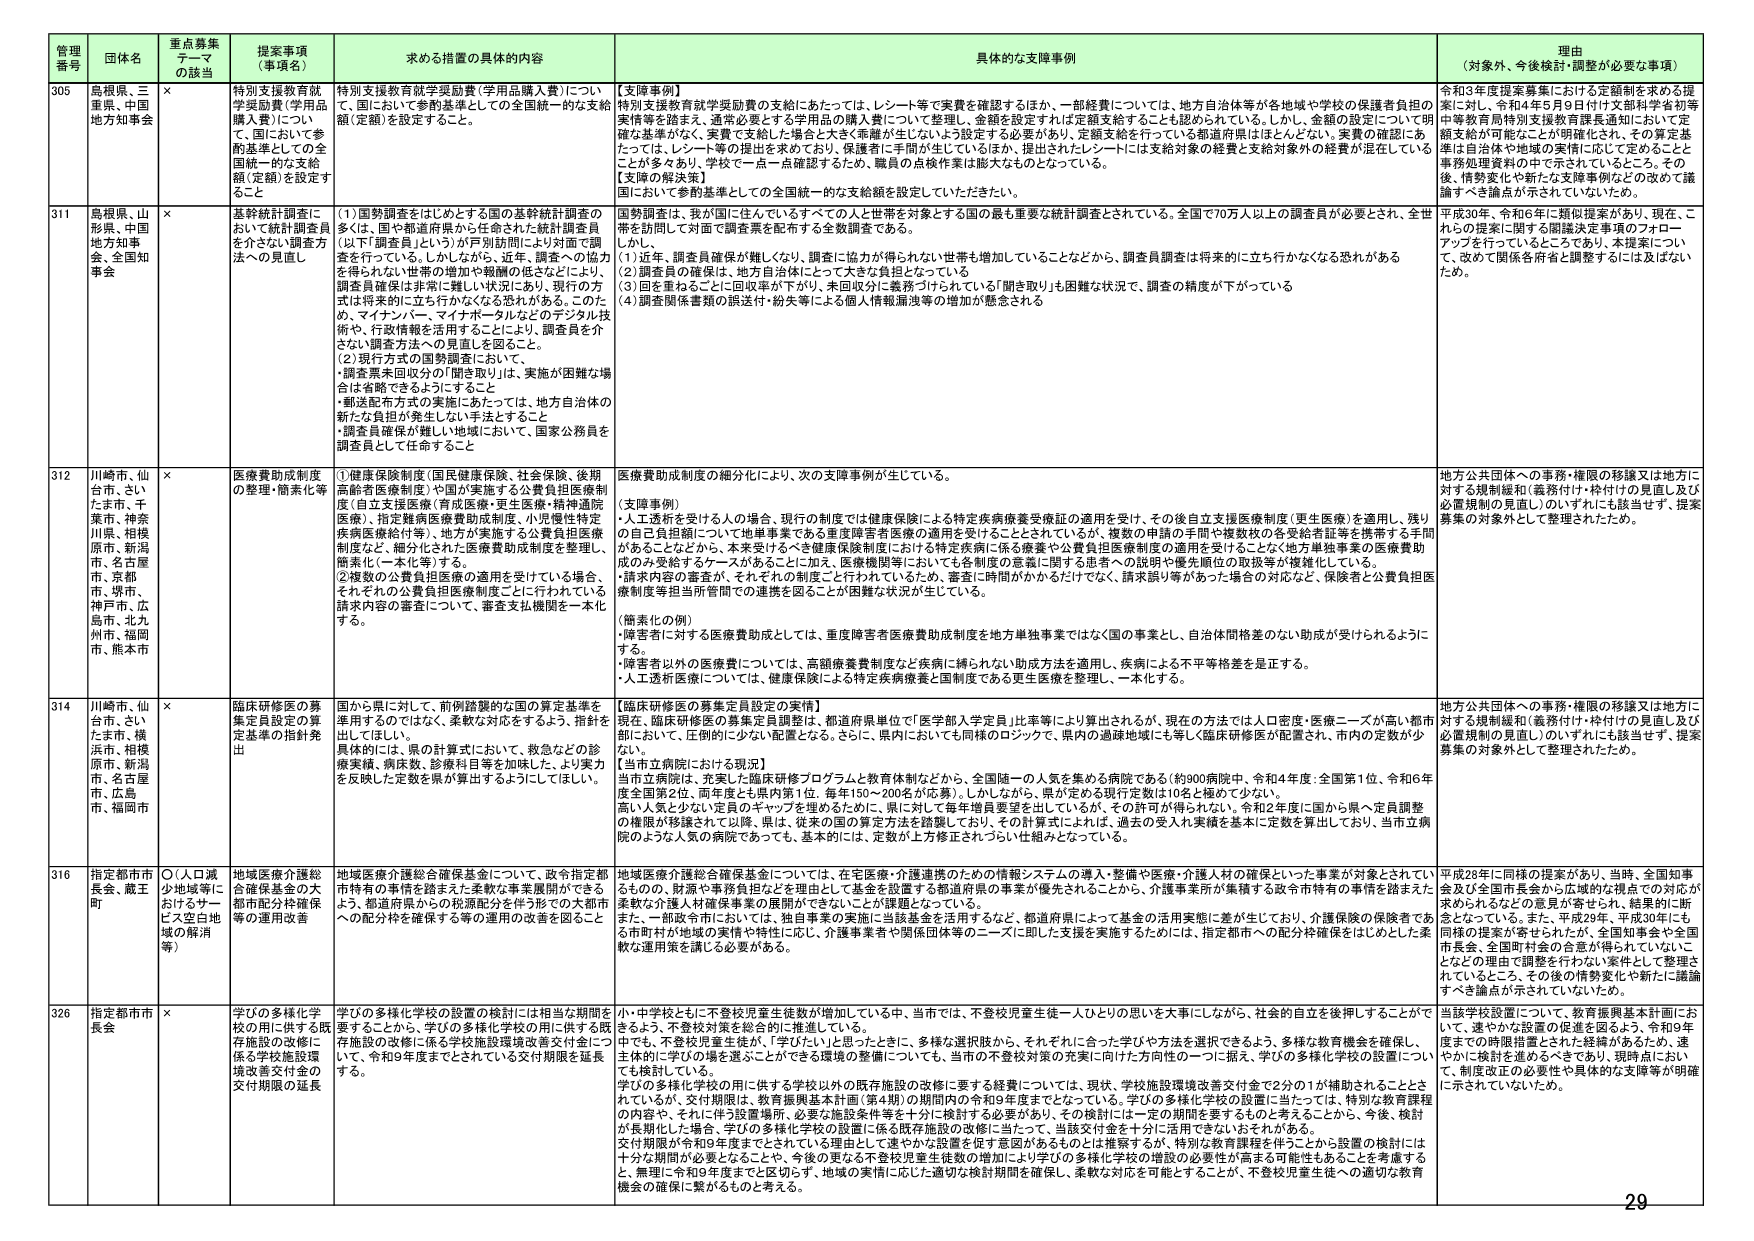
管理番号 団体名 重点募集テーマの該当 提案事項（事項名） 求める措置の具体的内容 具体的な支援事例 理由（対象外、今後検討・調整が必要な事項）

305 島根県、三重県、中国地方知事会 × 特別支援教育就学奨励費（学用品購入費）について、国において参酌基準としての全国統一的な支給額（定額）を設定すること 特別支援教育就学奨励費（学用品購入費）について、国において参酌基準としての全国統一的な支給額（定額）を設定すること。 【支援事例】 特別支援教育就学奨励費の支給にあたっては、レシート等で実費を確認するほか、一部経費については、地方自治体等が各地域や学校の保護者負担の実情等を踏まえ、通常必要とする学用品の購入費について整理し、金額を設定するかは定額支給することも認められている。しかし、金額の設定について明確な基準がなく、実費で支給した場合と大きく乖離が生じないよう設定する必要があり、定額支給を行っている都道府県はほとんどない。実費の確認にあたっては、レシート等の提出を求めており、保護者に手間が生じているほか、提出されたレシートには支給対象の経費と支給対象外の経費が混在していることが多々あり、学校で一点一点確認するため、職員の点検作業は膨大なものとなっている。 【支援の解決策】 国において参酌基準としての全国統一的な支給額を設定していただきたい。 令和3年度提案募集における定額制を求める提案に対し、令和4年5月9日付け文部科学省初等中等教育局特別支援教育課長通知において定額支給が可能などが明確化され、その算定基準は自治体や地域の実情に応じて定めることと事務処理資料の中で示されているところ。その後、情勢変化や新たな支援事例などの改めて議論すべき議論が示されていないため。

311 島根県、山形県、中国地方知事会、全国知事会 × 基幹統計調査における統計調査員を介さない調査方法への見直し （1）国勢調査をはじめとする国の基幹統計調査の多くは、国や都道府県から任命された統計調査員（以下「調査員」という）が戸別訪問により対面で調査を行っている。しかしながら、近年、調査への協力を得られない世帯の増加や親職の後をどこにしよう、調査員確保は非常に難しい状況にあり、現行の方式は将来的に立ち行かなくなる恐れがある。このため、マイナンバー、マイナポータルなどのデジタル技術や、行政情報を活用することにより、調査員を介さない調査方法への見直しを図ること。 （2）現行方式の国勢調査において、・調査票未回収分の「聞き取り」は、実施が困難な場合は省略できるようにすること・郵送配布方式の実施にあたっては、地方自治体の新たな負担が発生しない手法とすること・調査員確保が難しい地域において、国家公務員を調査員として任命すること 国勢調査は、我が国に住んでいるすべての人と世帯を対象とする全国の最も重要な統計調査とされている。全国で70万人以上の調査員が必要とされ、全世帯を訪問して対面で調査票を配布する全数調査である。 しかし、 （1）近年、調査員確保が難しいなり、調査に協力が得られない世帯も増加していることなどから、調査員調達は将来的に立ち行かなくなる恐れがある （2）調査員の確保は、地方自治体にとって大きな負担となっている （3）回を重ねるごとに回収率が下がり、未回収分に義務づけられている「聞き取り」も困難な状況で、調査の精度が下がっている （4）調査関係書類の誤送付・紛失等による個人情報漏洩等の増加が懸念される 平成30年、令和6年に類似提案があり、現在、これらの提案に関する閣議決定事項のフォローアップを行っているところであり、本提案について、改めて関係各府省と調整するには及ばないため。

312 川崎市、仙台市、さいたま市、千葉市、神奈川県、相模原市、新潟市、名古屋市、京都府、堺市、神戸市、広島市、北九州市、福岡市、熊本市 × 医療費助成制度の整理・簡素化等 ①健康保険制度（国民健康保険、社会保険、後期高齢者医療制度）や国が実施する公費負担医療制度（自立支援医療（育成医療・更生医療・精神通院医療）、指定難病医療費助成制度、小児慢性特定疾患医療給付等）、地方が実施する公費負担医療制度など、細分化された医療費助成制度を整理し、簡素化（一本化等）する。 ②複数の公費負担医療の適用を受けている場合、それぞれの公費負担医療制度ごとに行われている請求内容の審査について、審査支払機関を一本化する。 医療費助成制度の細分化により、次の支援事例が生じている。 （支援事例） ・人工透析を受けた人の場合、現行の制度では健康保険による特定疾病療養受療証の適用を受け、その後自立支援医療制度（更生医療）を適用し、残りの自己負担額について地単事業である重度障害者医療の適用を受けることとされているが、複数の申請の手間や複数枚の各受給者証等を携帯する手間があることなどから、本来受けるべき健康保険制度における特定疾病に係る療養や公費負担医療制度の適用を受けることなく地方単独事業の医療費助成のみ受給するケースがあることに加え、医療機関等においても各制度の意義に関する患者への説明や優先順位の取扱等が複雑化している。 ・請求内容の審査が、それぞれの制度ごと行われているため、審査に時間がかかるだけでなく、請求誤り等があった場合の対応など、保険者と公費負担医療制度等担当所管間での連携を図ることが困難な状況が生じている。 （簡素化の例） ・障害者に対する医療費助成としては、重度障害者医療費助成制度を地方単独事業ではなく国の事業とし、自治体間格差のない助成が受けられるようにする。 ・障害者以外の医療費については、高額療養費制度など疾病に縛られない助成方法を適用し、疾病による不平等格差を是正する。 ・人工透析医療については、健康保険による特定疾病療養と国制度である更生医療を整理し、一本化する。 地方公共団体への事務・権限の移譲又は地方に対する規制緩和（義務付け・枠付けの見直し及び必置規制の見直し）のいずれにも該当せず、提案募集の対象外として整理されたため。

314 川崎市、仙台市、さいたま市、横浜市、相模原市、新潟市、名古屋市、広島市、福岡市 × 臨床研修医の募集定員設定の算定基準の指針発出 国から県に対して、前例踏襲的な国の算定基準を準用するのではなく、柔軟な対応をするよう、指針を出している。 具体的には、県の計算式において、救急などの診療実績、病床数、診療科目等を加味した、より実力を反映した定数を県が算出するようにしてほしい。 【臨床研修医の募集定員設定の実情】 現在、臨床研修医の募集定員調整は、都道府県単位で「医学部入学定員」比率等により算出されるが、現在の方法では人口密度・医療ニーズが高い都市部において、圧倒的に少ない配置となる。さらに、県内においても同様のロジックで、県内の過疎地域にも等しく臨床研修医が配置され、市内の定数が少ない。 【当市立病院における現況】 当市立病院は、充実した臨床研修プログラムと教育体制などから、全国随一の人気を集める病院である（約900病院中、令和4年度：全国第1位、令和6年度全国第2位、両年度とも県内第1位、毎年150～200名が応募）。しかしながら、県が定める現行定数は10名と極めて少ない。 高い人気と少ない定員のギャップを埋めるために、県に対して毎年増員要望を出しているが、その許可が得られない。令和2年度に国から県へ定員調整の機関が移譲されて以降、県は、従来の国の算定方法を踏襲しており、その計算式によれば、過去の受入れ実績を基本に定数を算出しており、当市立病院のような人気の病院であっても、基本的には、定数が上方修正されづらい仕組みとなっている。 地方公共団体への事務・権限の移譲又は地方に対する規制緩和（義務付け・枠付けの見直し及び必置規制の見直し）のいずれにも該当せず、提案募集の対象外として整理されたため。

316 指定都市市長会、厳玉町 ○（人口減少地域等におけるサービス空白地域の解消等） 地域医療介護総合確保基金について、政令指定都市特有の事情を踏まえた柔軟な事業展開ができるよう、都道府県からの税源配分を伴う形での大都市への配分枠を確保する等の運用の改善を図ること 地域医療介護総合確保基金については、在宅医療・介護連携のための情報システムの導入・整備や医療・介護人材の確保といった事業が対象とされているものの、財源や事務負担などを理由として基金を設置する都道府県の事業が優先されることから、介護事業所が集積する政令市特有の事情を踏まえた柔軟な介護人材確保事業の展開ができないことが課題となっている。 また、一部政令市においては、独自主事の実施に当該基金を活用するなど、都道府県によって基金の活用実態に差が生じており、介護保険の保険者である市町村が地域の実情や特性に応じ、介護事業者や関係団体等のニーズに即した支援を実施するためには、指定都市への配分枠確保をはじめとした柔軟な運用策を講じる必要がある。 平成28年に同様の提案があり、当時、全国知事会及び全国市長会から広域的な視点での対応が求められているとの意見が寄せられ、結果的に断念となっている。また、平成29年、平成30年にも同様の提案が寄せられたが、全国知事会や全国市長会、全国町村会の合意が得られていないことなどの理由で調整を行わない案件として整理されているところ。その後の情勢変化や新たに議論すべき論点が示されていないため。

326 指定都市市長会 × 学びの多様化学校の設置の検討には相当な期間を要することから、学びの多様化学校の用に供する既存施設の改修に係る学校施設環境改善交付金について、令和9年度までとされている交付期限を延長する。 小・中学校ともに不登校児童生徒数が増加している中、当市では、不登校児童生徒一人ひとりの思いを大事にしながら、社会的自立を後押しすることができるよう、不登校対策を総合的に推進している。 すなわち、不登校児童生徒が、「学びたい」と思ったときに、多様な選択肢から、それぞれに合った学びや方法を選択できるよう、多様な教育機会を確保し、主体的に学びの場を選ぶことができる環境の整備についても、当市の不登校対策の充実に向けた方向性の一つに据え、学びの多様化学校の設置についても検討している。 学びの多様化学校の用に供する学校以外の既存施設の改修に要する経費については、現状、学校施設環境改善交付金で2分の1が補助されることはされているが、交付期限は、教育振興基本計画（第4期）の期間内の令和9年度までとなっている。学びの多様化学校の設置に当たっては、特別な教育課程の内容や、それに伴う設置場所、必要な施設条件等を十分に検討する必要があり、その検討には一定の期間を要するものと考えることから、今後、検討が長期化した場合、学びの多様化学校の設置に係る既存施設の改修に当たって、当該交付金を十分に活用できないおそれがある。 交付期限が令和9年度までとされている理由として速やかな設置を促す意図があるものとは推察するが、特別な教育課程を伴うことから設置の検討には十分な期間が必要となることや、今後の更なる不登校児童生徒数の増加により学びの多様化学校の増設の必要性が高まる可能性もあることを考慮すると、無理に令和9年度までに区切らず、地域の実情に応じた適切な検討期間を確保し、柔軟な対応を可能とすることが、不登校児童生徒への適切な教育機会の確保に繋がるものと考える。 当該学校設置について、教育振興基本計画において、速やかな設置の促進を図るよう、令和9年度までの時期措置とされた経緯があるため、速やかに検討を進めるべきであり、現時点において、制度改正の必要性や具体的な支援等が明確に示されていないため。

29